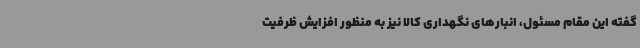
گفته این مقام مسئول، انبارهای نگهداری کالا نیز به منظور افزایش ظرفیت